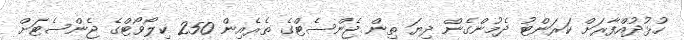
ހުޅުދުއްފާރަށް ކަރަންޓު ދެމުންގެން ދިޔަ ތިން ޖެންސެޓްގެ ތެރެއިން 250 ކިލޯވޯޓްގެ ޖެންސެޓަށް